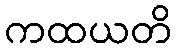
ကထယတိ